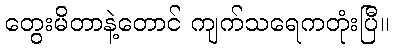
တွေးမိတာနဲ့တောင် ကျက်သရေကတုံးပြီ။